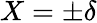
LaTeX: X=\pm\delta